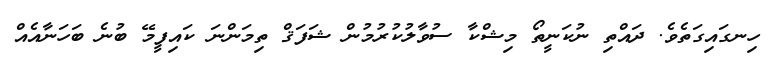
ހިނގައިގަތެވެ. ދައްތި ނުކަނީތޯ މިޝްކާ ސުވާލުކުރުމުން ޝަފަޤް ތިމަންނަ ކައިފީމޭ ބުނެ ބަހަނާއެއް